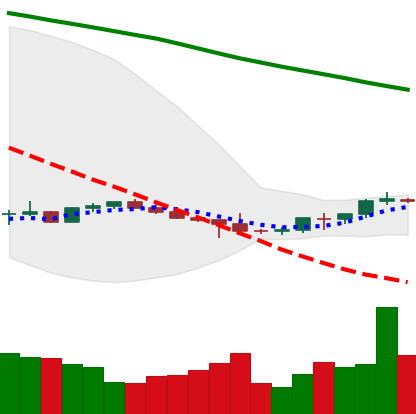
Ticker: BTC-USD
Chart end date: 2022-07-09
Forward return: -4.734%
Label: down_3_5